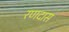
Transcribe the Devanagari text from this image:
रणदास